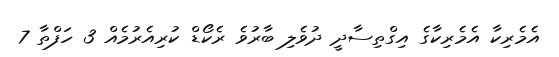
އެމެރިކާ އެމެރިކާގެ އިގްތިސާދީ ދުވެލި ބާރުވެ ރެކޯޑް ކުރިއެރުމެއް 3 ހަފްތާ 7